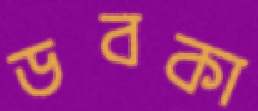
ডবকা